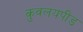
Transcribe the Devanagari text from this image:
कुवलयपीड